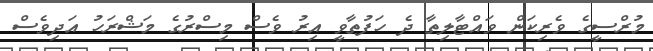
މުރްސީގެ ވެރިކަން ވައްޓާލިތާ ދެ ހަފުތާވީ އިރު ވެސް މިސްރުގެ މަޝްރަހު އަދިވެސް